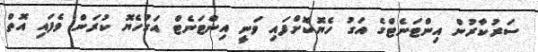
ސަރުކާރުން އިންޓަނެޓްގެ އަގު ހެޔޮކޮށްފައި ވަނީ އިންޓަނެޓް އަގުހެޔޮ ކުރަން ވެފައި އޮތް